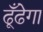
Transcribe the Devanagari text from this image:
ढूँढेगा